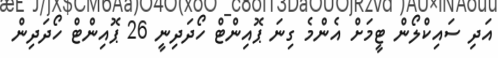
އަދި ސައިކްލޯން ޓީމަށް އެންމެ ގިނަ ޕޮއިންޓް ހޯދަދިނީ 26 ޕޮއިންޓް ހޯދަދިން